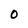
Character: O